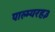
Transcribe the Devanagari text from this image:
पाल्म्यरह३